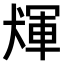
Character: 𤟴